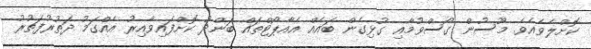
ކޮށްލެވެއެވެ. މޫސުން ގޯސްވުމާއި ގުޅިގެން ބައެއް އެއާޕޯޓްތައް ބަންދު ކޮށްފައިވާއިރު އެއްގަމު ދަތުރުފަތުރު